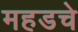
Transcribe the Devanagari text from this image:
महडचे